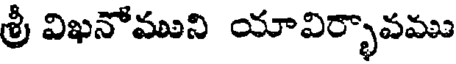
శ్రీ విఖనోముని యావిర్భావము